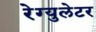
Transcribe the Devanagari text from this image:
रेग्‍युलेटर